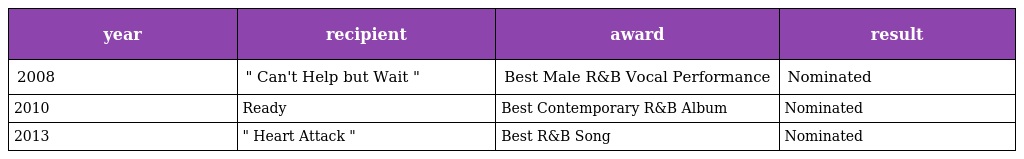
| year | recipient | award | result |
 | --- | --- | --- | --- |
 | 2008 | " Can't Help but Wait " | Best Male R&B Vocal Performance | Nominated |
 | 2010 | Ready | Best Contemporary R&B Album | Nominated |
 | 2013 | " Heart Attack " | Best R&B Song | Nominated |